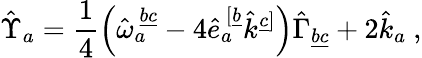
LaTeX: \hat{\Upsilon}_{a}=\frac{1}{4}\left(\hat{\omega}_{a}^{\ \underline{{{bc}}}}-4\hat{e}_{a}^{\ [\underline{{{b}}}}\hat{k}^{\underline{{{c}}}]}\right)\hat{\Gamma}_{\underline{{{bc}}}}+2\hat{k}_{a}\ ,